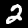
Label: 2